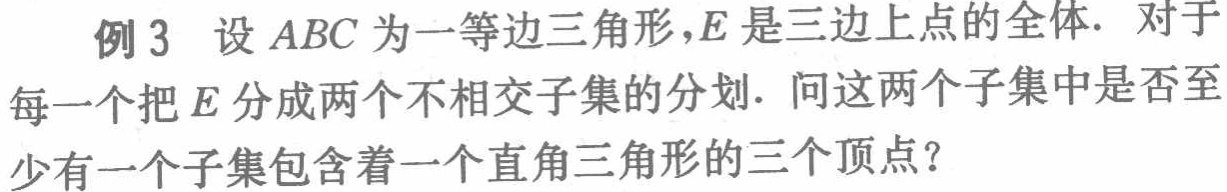
例3 设 \(ABC\) 为一等边三角形，\(E\) 是三边上点的全体. 对于每一个把 \(E\) 分成两个不相交子集的分划. 问这两个子集中是否至少有一个子集包含着一个直角三角形的三个顶点？